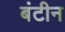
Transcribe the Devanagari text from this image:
बंटीन